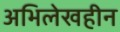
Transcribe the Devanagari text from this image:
अभिलेखहीन